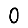
Digit: 0